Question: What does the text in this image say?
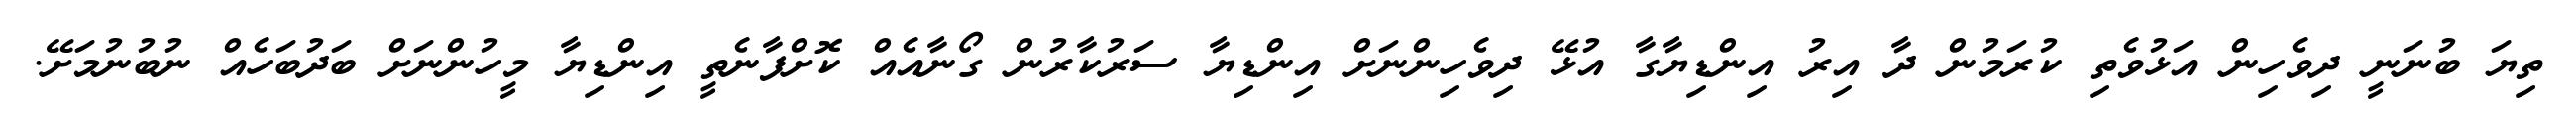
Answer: ތިޔަ ބުނަނީ ދިވެހިން އަޅުވެތި ކުރަމުން ދާ އިރު އިންޑިޔާގާ އުޅޭ ދިވެހިންނަށް އިންޑިޔާ ސަރުކާރުން ގޯނާއެއް ކޮށްފާނެތީ އިންޑިޔާ މީހުންނަށް ބަދުބަހެއް ނުބުނުމަށޭ.